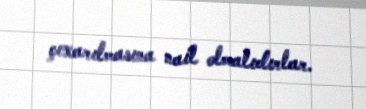
çıxarılmasına nail olmalıdırlar.